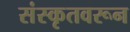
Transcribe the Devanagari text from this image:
संस्कृतवरून